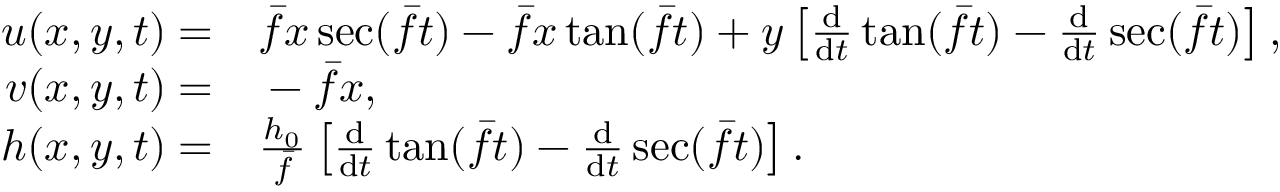
\begin{array} { r l } { u ( x , y , t ) = } & { { } \bar { f } x \sec ( \bar { f } t ) - \bar { f } x \tan ( \bar { f } t ) + y \left[ \frac { \mathrm { d } } { \mathrm { d } t } \tan ( \bar { f } t ) - \frac { \mathrm { d } } { \mathrm { d } t } \sec ( \bar { f } t ) \right] , } \\ { v ( x , y , t ) = } & { { } - \bar { f } x , } \\ { h ( x , y , t ) = } & { { } \frac { h _ { 0 } } { \bar { f } } \left[ \frac { \mathrm { d } } { \mathrm { d } t } \tan ( \bar { f } t ) - \frac { \mathrm { d } } { \mathrm { d } t } \sec ( \bar { f } t ) \right] . } \end{array}